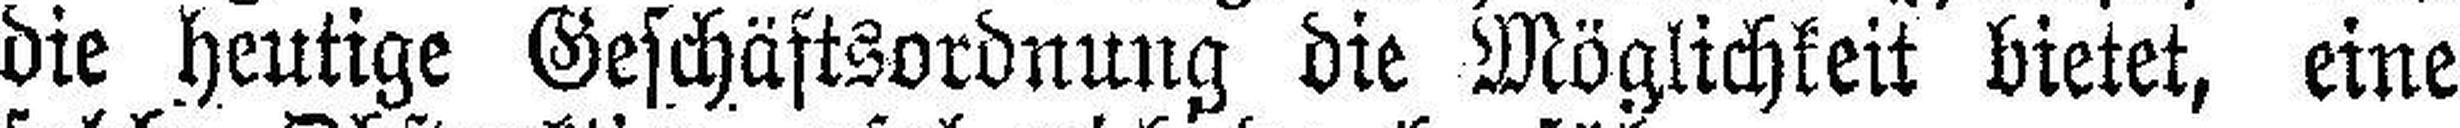
die heutige Geschäftsordnung die Möglichkeit bietet, eine